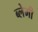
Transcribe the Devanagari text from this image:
ब्लेमी